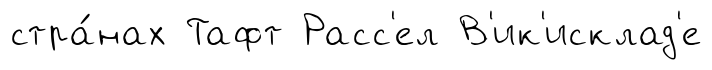
стра́нах Тафт Расс'ел В'ик'исклад'е